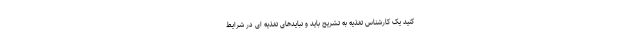
کنید یک کارشناس تغذیه به تشریح باید و نبایدهای تغذیه ای در شرایط